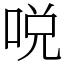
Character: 哾